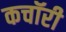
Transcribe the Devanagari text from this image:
कचॉरी